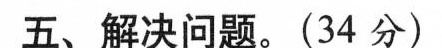
五、解决问题。(34分)